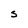
Character: S